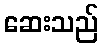
ဆေးသည်